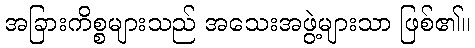
အခြားကိစ္စများသည် အသေးအဖွဲ့များသာ ဖြစ်၏။